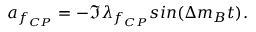
a _ { f _ { C P } } = - \Im \lambda _ { f _ { C P } } s i n ( \Delta m _ { B } t ) .